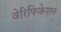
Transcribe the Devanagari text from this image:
वेरिफिकेशन